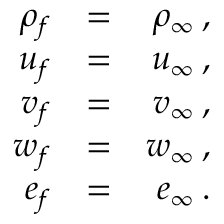
\begin{array} { r l r } { { \rho _ { f } } } & { { = } } & { { \rho _ { \infty } \, \mathrm { , } } } \\ { { u _ { f } } } & { { = } } & { { u _ { \infty } \, \mathrm { , } } } \\ { { v _ { f } } } & { { = } } & { { v _ { \infty } \, \mathrm { , } } } \\ { { w _ { f } } } & { { = } } & { { w _ { \infty } \, \mathrm { , } } } \\ { { e _ { f } } } & { { = } } & { { e _ { \infty } \, \mathrm { . } } } \end{array}